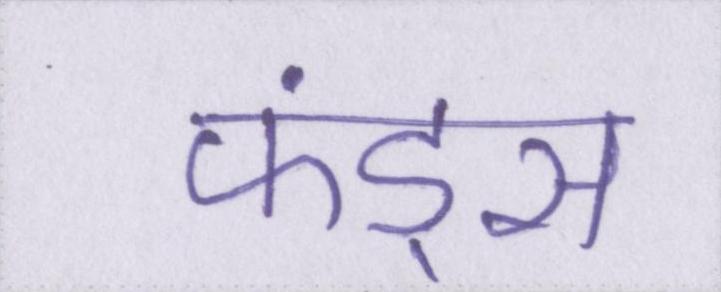
फंड्स